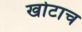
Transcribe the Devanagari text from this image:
खोटाच